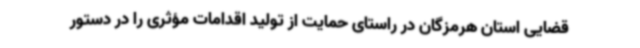
قضایی استان هرمزگان در راستای حمایت از تولید اقدامات مؤثری را در دستور